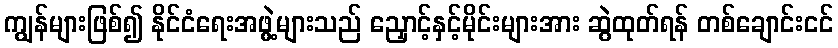
ကျွန်များဖြစ်၍ နိုင်ငံရေးအဖွဲ့များသည် ညှောင့်နှင့်မိုင်းများအား ဆွဲထုတ်ရန် တစ်ချောင်းငင်